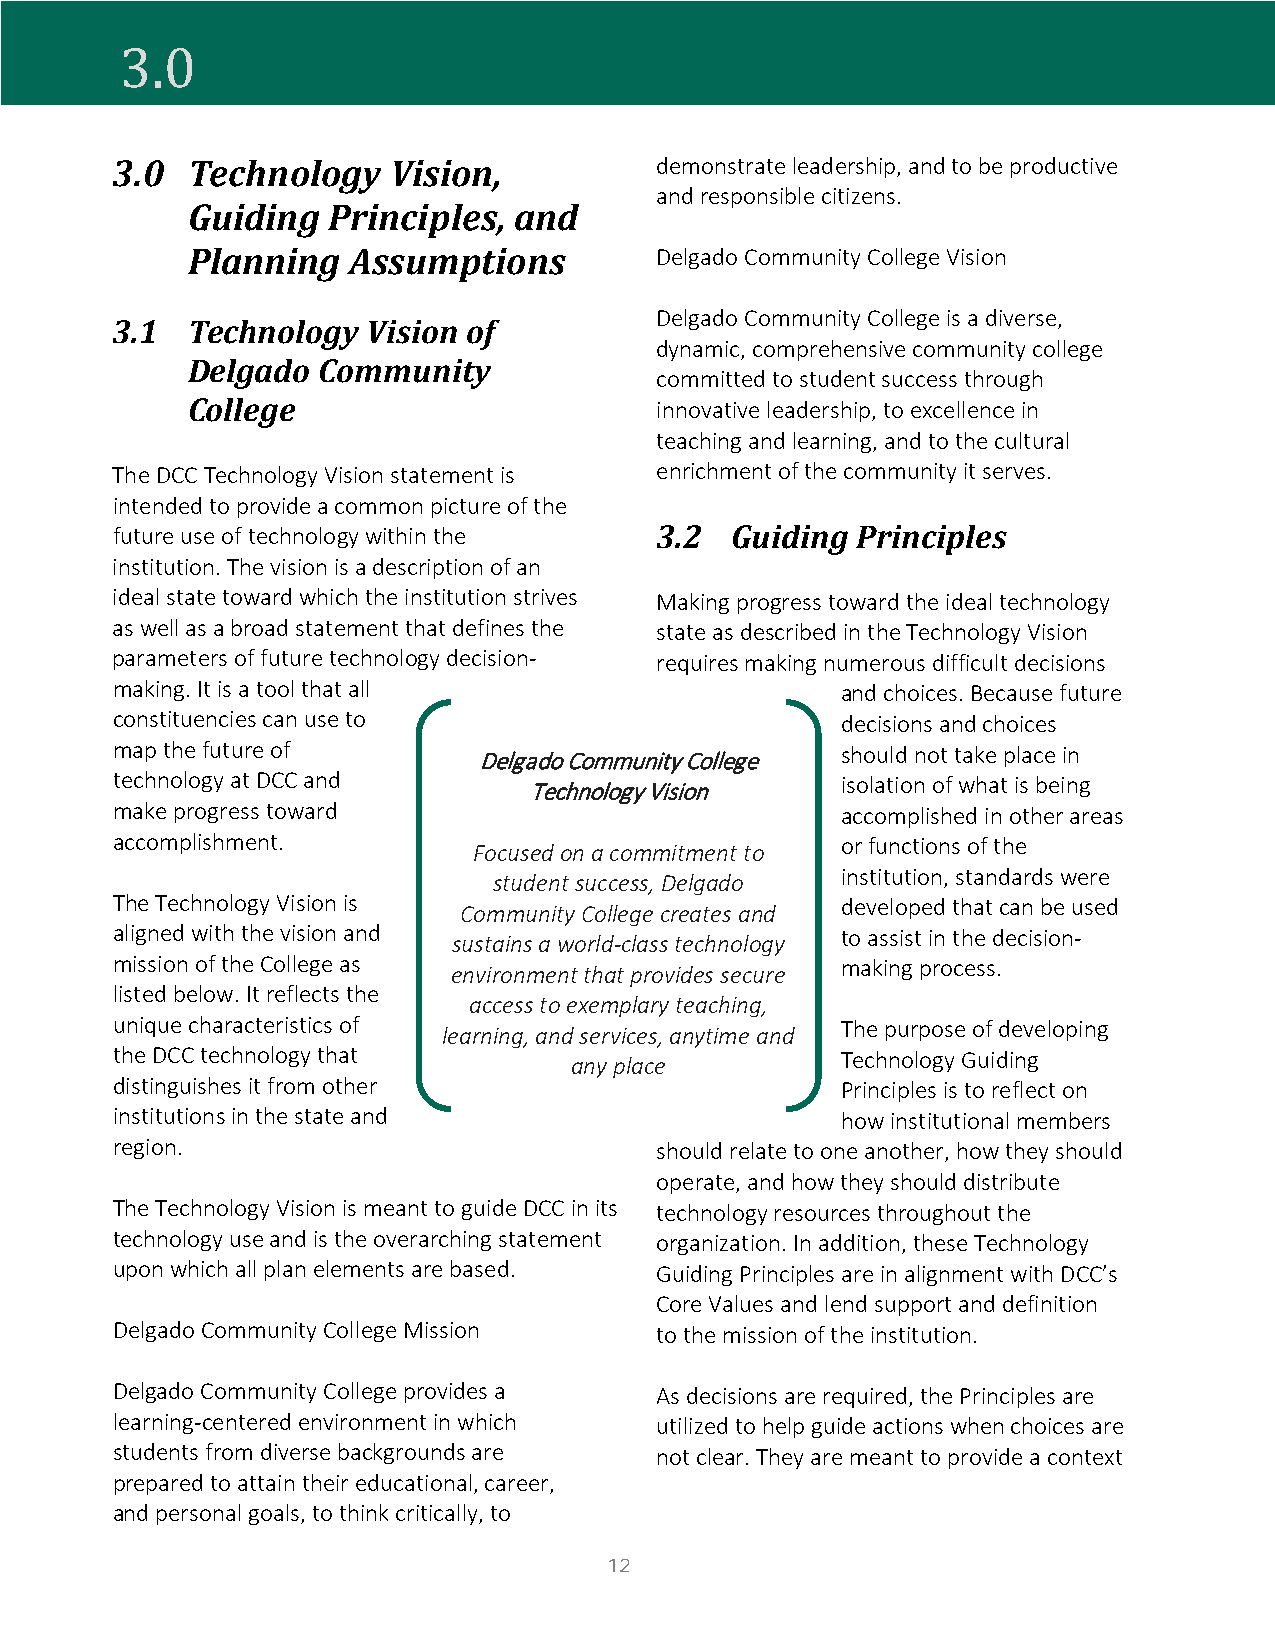
2
 3.0  Technology    Vision,          demonstrate leadership, and to be productive
 3.0
 and responsible citizens.
 Guiding   Principles, and
 Planning   Assumptions         Delgado Community College Vision
 Delgado Community College is a diverse,
 3.1  Technology  Vision of
 dynamic, comprehensive community college
 Delgado  Community
 committed to student success through
 College                        innovative leadership, to excellence in
 teaching and learning, and to the cultural
 The DCC Technology Vision statement is enrichment of the community it serves.
 intended to provide a common picture of the
 future use of technology within the 3.2  Guiding  Principles
 institution. The vision is a description of an
 ideal state toward which the institution strives Making progress toward the ideal technology
 as well as a broad statement that defines the state as described in the Technology Vision
 parameters of future technology decision- requires making numerous difficult decisions
 making. It is a tool that all                    and choices. Because future
 constituencies can use to                        decisions and choices
 map the future of        Delgado Community College should not take place in
 technology at DCC and       Technology Vision    isolation of what is being
 make progress toward                             accomplished in other areas
 accomplishment.         Focused on a commitment to or functions of the
 student success, Delgado institution, standards were
 The Technology Vision is                         developed that can be used
 Community College creates and
 aligned with the vision and sustains a world-class technology to assist in the decision-
 mission of the College as environment that provides secure making process.
 listed below. It reflects the
 access to exemplary teaching,
 unique characteristics of learning, and services, anytime and The purpose of developing
 the DCC technology that                          Technology Guiding
 any place
 distinguishes it from other                      Principles is to reflect on
 institutions in the state and                    how institutional members
 region.                             should relate to one another, how they should
 operate, and how they should distribute
 The Technology Vision is meant to guide DCC in its technology resources throughout the
 technology use and is the overarching statement organization. In addition, these Technology
 upon which all plan elements are based. Guiding Principles are in alignment with DCC’s
 Core Values and lend support and definition
 Delgado Community College Mission   to the mission of the institution.
 Delgado Community College provides a As decisions are required, the Principles are
 learning-centered environment in which utilized to help guide actions when choices are
 students from diverse backgrounds are not clear. They are meant to provide a context
 prepared to attain their educational, career,
 and personal goals, to think critically, to
 12